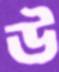
উ